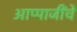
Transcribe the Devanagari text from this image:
आप्पाजींचे